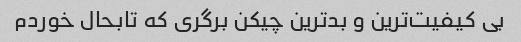
بی کیفیت‌ترین و بدترین چیکن برگری که تابحال خوردم